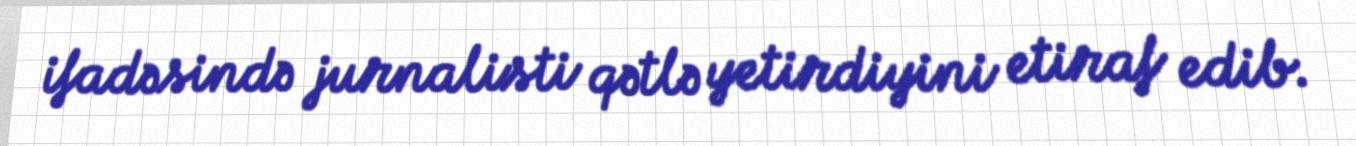
ifadəsində jurnalisti qətlə yetirdiyini etiraf edib.